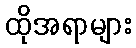
ထိုအရာများ